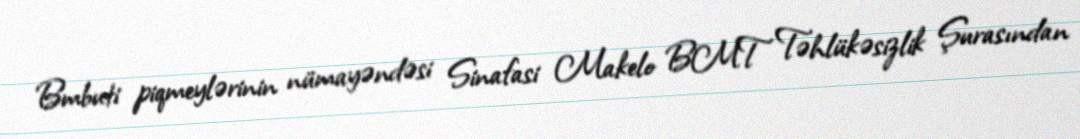
Bmbuti piqmeylərinin nümayəndəsi Sinafasi Makelo BMT Təhlükəsizlik Şurasından